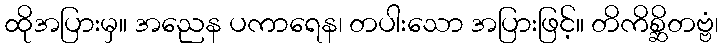
ထိုအပြားမှ။ အညေန ပကာရေန၊ တပါးသော အပြားဖြင့်။ တိကိစ္ဆိတဗ္ဗံ၊